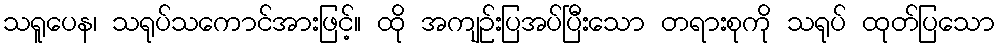
သရူပေန၊ သရုပ်သကောင်အားဖြင့်။ ထို အကျဉ်းပြအပ်ပြီးသော တရားစုကို သရုပ် ထုတ်ပြသော